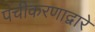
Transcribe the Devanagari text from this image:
पंचीकरणाद्वारे